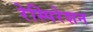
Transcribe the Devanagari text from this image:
रेस्पिरेशन